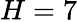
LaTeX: H=7